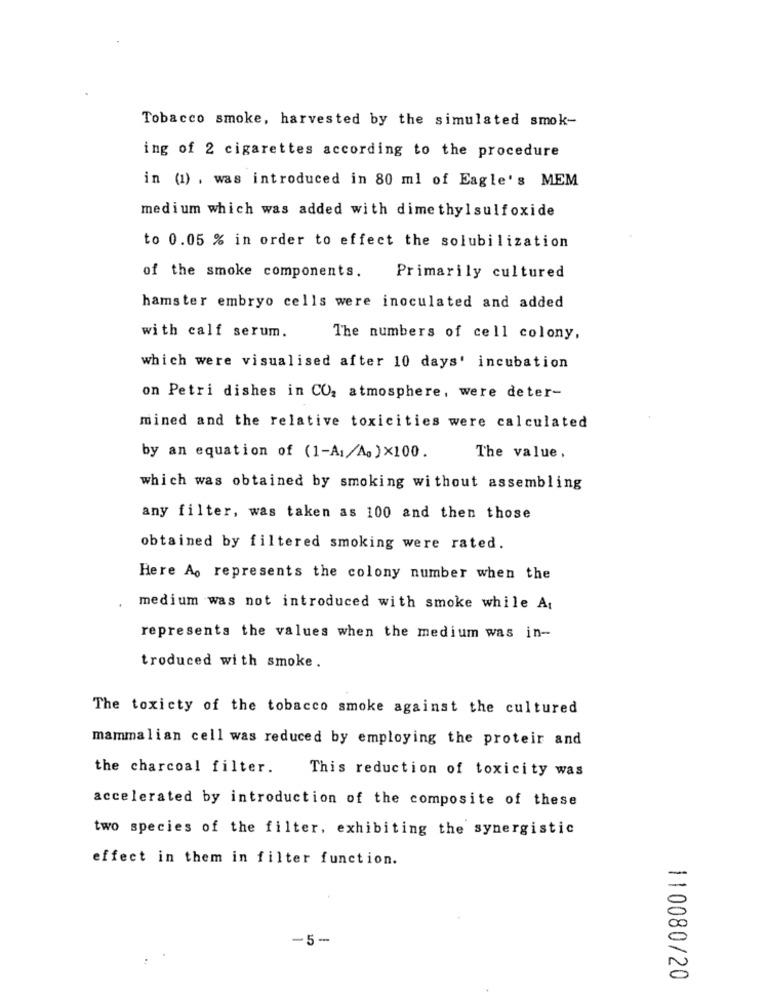
Tobacco smoke, harvested by the simulated smok-
ing of 2 cigarettes according to the procedure
in (1) , was introduced in 80 ml of Eagle's MEM
medium which was added with dimethylsulfoxide
to 0.05 % in order to effect the solubilization
of the smoke components.
Primarily cultured
hamster embryo cells were inoculated and added
with calf serum.
The numbers of cell colony,
which were visualised after 10 days' incubation
on Petri dishes in CO, atmosphere, were deter-
mined and the relative toxicities were calculated
by an equation of (1-A1/A. ) ×100.
The value,
which was obtained by smoking without assembling
any filter, was taken as 100 and then those
obtained by filtered smoking were rated.
Here Ao represents the colony number when the
medium was not introduced with smoke while At
represents the values when the medium was in-
troduced with smoke.
The toxicty of the tobacco smoke against the cultured
mammalian cell was reduced by employing the proteir and
the charcoal filter.
This reduction of toxicity was
accelerated by introduction of the composite of these
two species of the filter, exhibiting the synergistic
effect in them in filter function.
-5-
110080/20